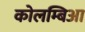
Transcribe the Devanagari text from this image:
कोलम्बिआ